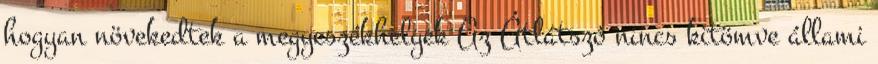
hogyan növekedtek a megyeszékhelyek Az Átlátszó nincs kitömve állami